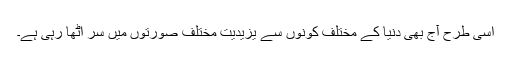
اسی طرح آج بھی دنیا کے مختلف کونوں سے یزیدیت مختلف صورتوں میں سر اٹھا رہی ہے۔